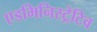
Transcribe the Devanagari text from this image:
एडमिनिस्ट्रेटिव